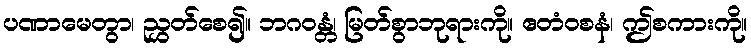
ပဏာမေတွာ၊ ညွှတ်စေ၍။ ဘဂဝန္တံ၊ မြတ်စွာဘုရားကို။ ဧတံဝစနံ၊ ဤစကားကို။